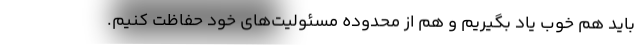
باید هم خوب یاد بگیریم و هم از محدوده مسئولیت‌های خود حفاظت کنیم.